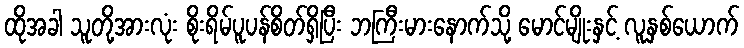
ထိုအခါ သူတို့အားလုံး စိုးရိမ်ပူပန်စိတ်ရှိပြီး ဘကြီးမားနောက်သို့ မောင်မျိုးနှင့် လူနှစ်ယောက်